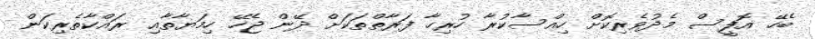
ބެހޭ އޮފީސް މެދުވެރިކޮށް ހިއްސާކުރާ ހުރިހާ ފަރާތްތަކަށް ދޭން ޖެހޭ ހިމަޔާތާއި ރައްކާތެރިކަން